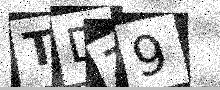
Text: TDZ9